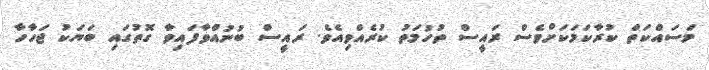
މަސައްކަތް ކުރާކަމަކަށްވެސް ރައީސް ތުހުމަތު ކުރެއްވިއެވެ. ރައީސް ބުނުއްވާފައިވާ ގޮތުގައި ބަޔަކު ޖަހާހާ